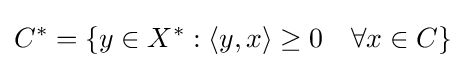
C^{*}=\left\{y\in X^{*}:\langle y,x\rangle \geq 0\quad \forall x\in C\right\}